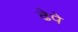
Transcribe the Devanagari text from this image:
ढेपे